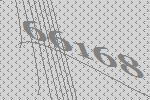
66168